Report of the Indian Hemp Drugs Commission, 1894-1895 - Volume VI
Year: 1894
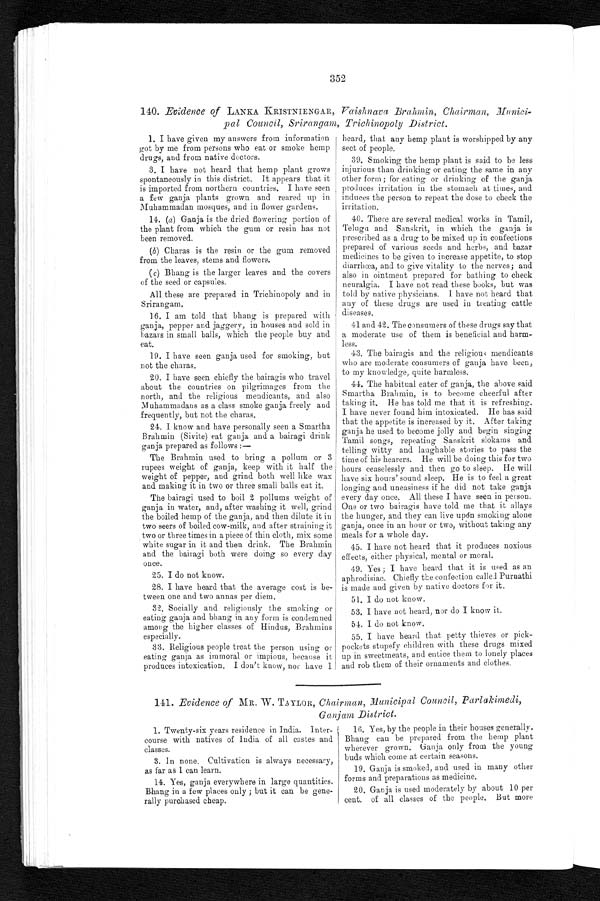
352
140. Evidence of LANKA KRISTNIENGAR, Vaishnava Brahmin, Chairman, Munici-
pal Council, Srirangam, Trichinopoly District.
1. I have given my answers from information
got by me from persons who eat or smoke hemp
drugs, and from native doctors.
3. I have not heard that hemp plant grows
spontaneously in this district. It appears that it
is imported from northern countries. I have seen
a few ganja plants grown and reared up in
Muhammadan mosques, and in flower gardens.
14. (a) Ganja is the dried flowering portion of
the plant from which the gum or resin has not
been removed.
(b) Charas is the resin or the gum removed
from the leaves, stems and flowers.
(c) Bhang is the larger leaves and the covers
of the seed or capsules.
All these are prepared in Trichinopoly and in
Srirangam.
16. I am told that bhang is prepared with
ganja, pepper and jaggery, in houses and sold in
bazars in small balls, which the people buy and
eat.
19. I have seen ganja used for smoking, but
not the charas.
20. I have seen chiefly the bairagis who travel
about the countries on pilgrimages from the
north, and the religious mendicants, and also
Muhammadans as a class smoke ganja freely and
frequently, but not the charas.
24. I know and have personally seen a Smartha
Brahmin (Sivite) eat ganja and a bairagi drink
ganja prepared as follows :—
The Brahmin used to bring a pollum or 3
rupees weight of ganja, keep with it half the
weight of pepper, and grind both well like wax
and making it in two or three small balls eat it.
The bairagi used to boil 2 pollums weight of
ganja in water, and, after washing it well, grind
the boiled hemp of the ganja, and then dilute it in
two seers of boiled cow-milk, and after straining it
two or three times in a piece of thin cloth, mix some
white sugar in it and then drink. The Brahmin
and the bairagi both were doing so every day
once.
25. I do not know.
28. I have heard that the average cost is be-
tween one and two annas per diem.
32. Socially and religiously the smoking or
eating ganja and bhang in any form is condemned
among the higher classes of Hindus, Brahmins
especially.
33. Religious people treat the person using or
eating ganja as immoral or impious, because it
produces intoxication. I don't know, nor have I
heard, that any hemp plant is worshipped by any
sect of people.
39. Smoking the hemp plant is said to be less
injurious than drinking or eating the same in any
other form ; for eating or drinking of the ganja
produces irritation in the stomach at times, and
induces the person to repeat the dose to check the
irritation.
40. There are several medical works in Tamil,
Telugu and Sanskrit, in which the ganja is
prescribed as a drug to be mixed up in confections
prepared of various seeds and herbs, and bazar
medicines to be given to increase appetite, to stop
diarrhœa, and to give vitality to the nerves ; and
also in ointment prepared for bathing to check
neuralgia. I have not read these books, but was
told by native physicians. I have not heard that
any of these drugs are used in treating cattle
diseases.
41 and 42. The consumers of these drugs say that
a moderate use of them is beneficial and harm-
less.
43. The bairagis and the religious mendicants
who are moderate consumers of ganja have been,
to my knowledge, quite harmless.
44. The habitual eater of ganja, the above said
Smartha Brahmin, is to become cheerful after
taking it. He has told me that it is refreshing.
I have never found him intoxicated. He has said
that the appetite is increased by it. After taking
ganja he used to become jolly and begin singing
Tamil songs, repeating Sanskrit slokams and
telling witty and laughable stories to pass the
time of his hearers. He will be doing this for two
hours ceaselessly and then go to sleep. He will
have six hours' sound sleep. He is to feel a great
longing and uneasiness if he did not take ganja
every day once. All these I have seen in person.
One or two bairagis have told me that it allays
the hunger, and they can live upon smoking alone
ganja, once in an hour or two, without taking any
meals for a whole day.
45. I have not heard that it produces noxious
effects, either physical, mental or moral.
49. Yes ; I have heard that it is used as an
aphrodisiac. Chiefly the confection called Purnathi
is made and given by native doctors for it.
51. I do not know.
53. I have not heard, nor do I know it.
54. I do not know.
55. I have heard that petty thieves or pick-
pockets stupefy children with these drugs mixed
up in sweetmeats, and entice them to lonely places
and rob them of their ornaments and clothes.
141. Evidence of MR. W. TAYLOR, Chairman, Municipal Council, Parlakimedi,
Ganjam District.
1. Twenty-six years residence in India. Inter-
course with natives of India of all castes and
classes.
3. In none. Cultivation is always necessary,
as far as I can learn.
14. Yes, ganja everywhere in large quantities.
Bhang in a few places only ; but it can be gene-
rally purchased cheap.
16. Yes, by the people in their houses generally.
Bhang can be prepared from the hemp plant
wherever grown. Ganja only from the young
buds which come at certain seasons.
19. Ganja is smoked, and used in many other
forms and preparations as medicine.
20. Ganja is used moderately by about 10 per
cent. of all classes of the people. But more